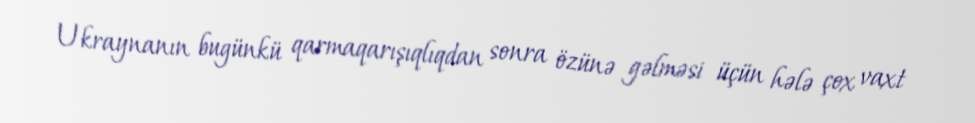
Ukraynanın bugünkü qarmaqarışıqlıqdan sonra özünə gəlməsi üçün hələ çox vaxt